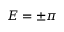
E = \pm \pi